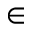
\in